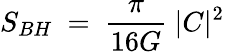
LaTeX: S_{BH}~=~{\frac{\pi}{16G}}~|C|^{2}~